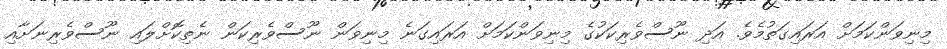
މިނިވަންކަމަށް އަރައިގަތުމެވެ. އަދި ނޫސްވެރިކަކުގެ މިނިވަންކަމަށް އަރައިގަނެ މިނިވަން ނޫސްވެރިކަން ނެތިކޮށްލައި ނޫސްވެރިނަށާއި